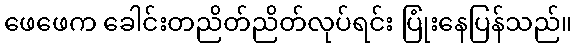
ဖေဖေက ခေါင်းတညိတ်ညိတ်လုပ်ရင်း ပြုံးနေပြန်သည်။